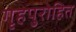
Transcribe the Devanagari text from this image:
गृहपुरोहित